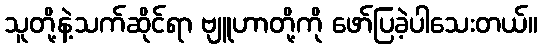
သူတို့နဲ့သက်ဆိုင်ရာ ဗျူဟာတို့ကို ဖော်ပြခဲ့ပါသေးတယ်။